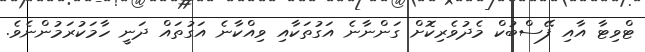
ޓްވިޓާ އާއި ފޭސްބުކް މެދުވެރިކޮށް ގަންނާނެ އަގުތަކާއި ވިއްކާނެ އަގުތައް ދަނީ ހާމަކުރަމުންނެވެ.